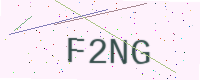
Text: F2NG